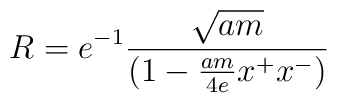
R=e^{-1} {\sqrt{am} \over (1-{am \over 4e} x^{+}x^{-})}